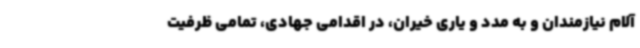
آلام نیازمندان و به مدد و یاری خیران، در اقدامی جهادی، تمامی ظرفیت